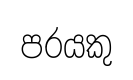
පරයකු